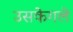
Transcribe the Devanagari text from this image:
उसकेगले